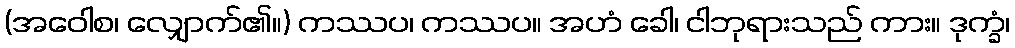
(အဝေါစ၊ လျှောက်၏။) ကဿပ၊ ကဿပ။ အဟံ ခေါ၊ ငါဘုရားသည် ကား။ ဒုက္ခံ၊